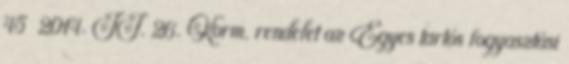
45 2014. II. 26. Korm. rendelet az Egyes tartós fogyasztási